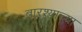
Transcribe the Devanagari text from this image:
बारश्याच्या